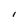
Character: I